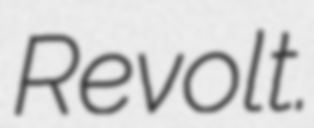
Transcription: Revolt.